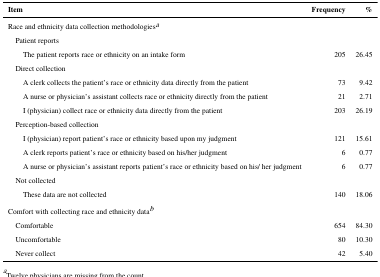
| Item | Frequency | % |
 | --- | --- | --- |
 | <COLSPAN=3> Race and ethnicity data collection methodologiesa |
 | <COLSPAN=3> Patient reports |
 | The patient reports race or ethnicity on an intake form | 205 | 26.45 |
 | <COLSPAN=3> Direct collection |
 | A clerk collects the patient’s race or ethnicity data directly from the patient | 73 | 9.42 |
 | A nurse or physician’s assistant collects race or ethnicity directly from the patient | 21 | 2.71 |
 | I (physician) collect race or ethnicity data directly from the patient | 203 | 26.19 |
 | <COLSPAN=3> Perception-based collection |
 | I (physician) report patient’s race or ethnicity based upon my judgment | 121 | 15.61 |
 | A clerk reports patient’s race or ethnicity based on his/her judgment | 6 | 0.77 |
 | A nurse or physician’s assistant reports patient’s race or ethnicity based on his/ her judgment | 6 | 0.77 |
 | <COLSPAN=3> Not collected |
 | These data are not collected | 140 | 18.06 |
 | <COLSPAN=3> Comfort with collecting race and ethnicity datab |
 | Comfortable | 654 | 84.30 |
 | Uncomfortable | 80 | 10.30 |
 | Never collect | 42 | 5.40 |